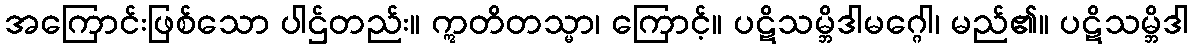
အကြောင်းဖြစ်သော ပါဌ်တည်း။ ဣတိတသ္မာ၊ ကြောင့်။ ပဋိသမ္ဘိဒါမဂ္ဂေါ၊ မည်၏။ ပဋိသမ္ဘိဒါ